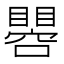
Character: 𱳌